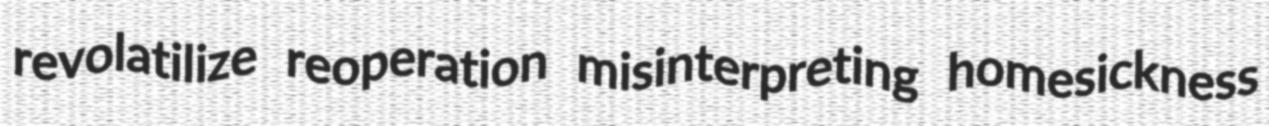
revolatilize reoperation misinterpreting homesickness